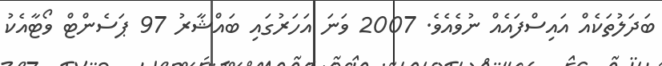
ބަދަލުތަކެއް އައިސްފައެއް ނުވެއެވެ. 2007 ވަނަ އަހަރުގައި ބައްޝާރު 97 ޕަސެންޓް ވޯޓާއެކު